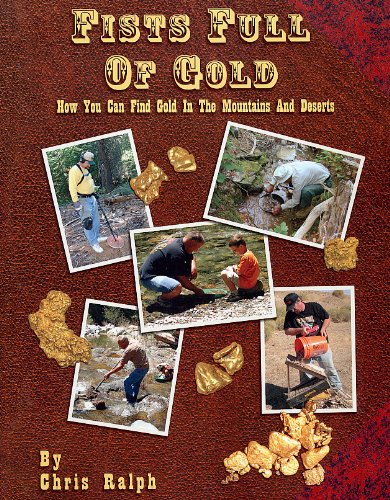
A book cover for Fists Full Of Gold; Chris Ralph; Science & Math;